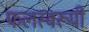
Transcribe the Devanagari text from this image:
फलस्वरूपी